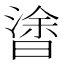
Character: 𣉯